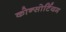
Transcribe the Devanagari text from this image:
कोन्सोर्टियम